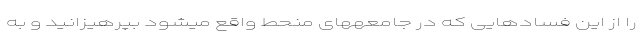
را از این فسادهایی که در جامعههای منحط واقع میشود بپرهیزانید و به